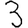
Digit: 3